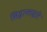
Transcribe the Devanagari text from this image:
सिद्धान्ताद्वारे